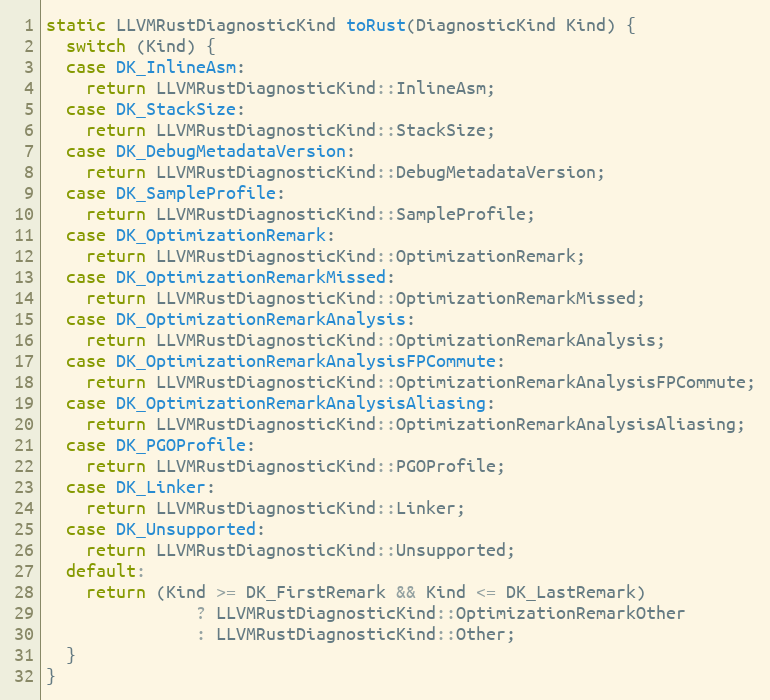
Language: C++
static LLVMRustDiagnosticKind toRust(DiagnosticKind Kind) {
  switch (Kind) {
  case DK_InlineAsm:
    return LLVMRustDiagnosticKind::InlineAsm;
  case DK_StackSize:
    return LLVMRustDiagnosticKind::StackSize;
  case DK_DebugMetadataVersion:
    return LLVMRustDiagnosticKind::DebugMetadataVersion;
  case DK_SampleProfile:
    return LLVMRustDiagnosticKind::SampleProfile;
  case DK_OptimizationRemark:
    return LLVMRustDiagnosticKind::OptimizationRemark;
  case DK_OptimizationRemarkMissed:
    return LLVMRustDiagnosticKind::OptimizationRemarkMissed;
  case DK_OptimizationRemarkAnalysis:
    return LLVMRustDiagnosticKind::OptimizationRemarkAnalysis;
  case DK_OptimizationRemarkAnalysisFPCommute:
    return LLVMRustDiagnosticKind::OptimizationRemarkAnalysisFPCommute;
  case DK_OptimizationRemarkAnalysisAliasing:
    return LLVMRustDiagnosticKind::OptimizationRemarkAnalysisAliasing;
  case DK_PGOProfile:
    return LLVMRustDiagnosticKind::PGOProfile;
  case DK_Linker:
    return LLVMRustDiagnosticKind::Linker;
  case DK_Unsupported:
    return LLVMRustDiagnosticKind::Unsupported;
  default:
    return (Kind >= DK_FirstRemark && Kind <= DK_LastRemark)
               ? LLVMRustDiagnosticKind::OptimizationRemarkOther
               : LLVMRustDiagnosticKind::Other;
  }
}